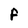
Character: F